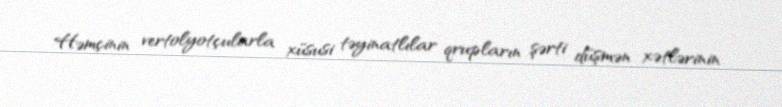
Həmçinin vertolyotçularla xüsusi təyinatlılar qrupların şərti düşmən xətlərinin